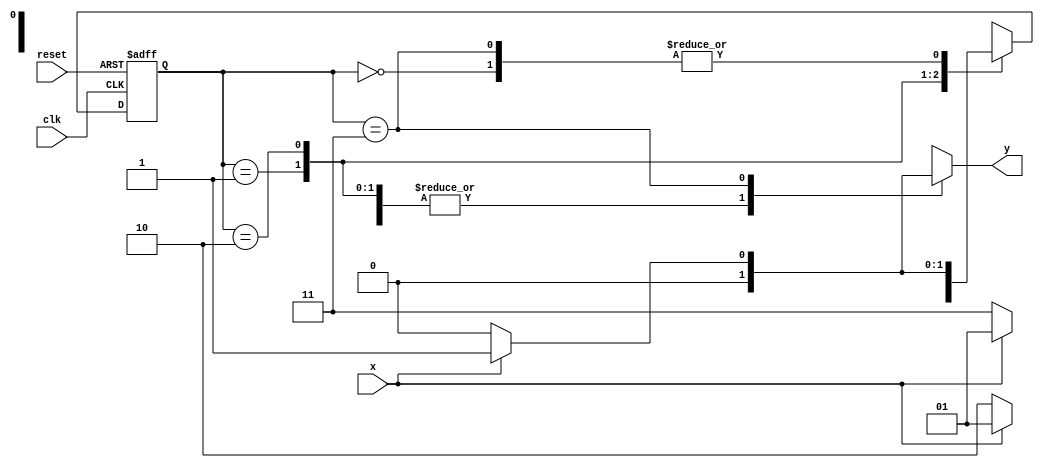
// -------------------------
// Exemplo0052 - Mealy 1001 com interseo
// Nome: Daniel Telles McGinnis
// -------------------------
// Previso:
// A sequncia 1001 ser reconhecida pela
// mquina duas vezes, segundo a sequncia
// de valores assinalados ao x.
// -------------------------
// constant definitions
`define found 1
`define notfound 0

// Exemplo0052
module Exemplo0052 ( y, x, clk, reset );
	output y;
	input x;
	input clk;
	input reset;
	reg y;
	parameter // state identifiers
	start = 2'b00,
	id1   = 2'b01,
	id10  = 2'b10,
	id100 = 2'b11;
	reg [1:0] E1; // current state variables
	reg [1:0] E2; // next state logic output
	// next state logic
	always @( x or E1 )
	begin
		y = `notfound;
		case ( E1 )
			start:
				if ( x )
					E2 = id1;
				else
					E2 = start;
			id1:
				if ( x )
				begin
					E2 = id1;
					y = `notfound;
				end
				else
				begin
					E2 = id10;
					y = `notfound;
				end
			id10:
				if ( x )
					E2 = id1;
				else
					E2 = id100;
			id100:
				if ( x )
				begin
					E2 = id1;
					y = `found;
				end
				else
					E2 = start;
			default: // undefined state
				E2 = 2'bxx;
		endcase
	end // always at signal or state changing
	// state variables
	always @( posedge clk or negedge reset )
	begin
		if ( reset )
			E1 = E2; // updates current state
		else
			E1 = 0; // reset
	end // always at signal changing
endmodule // Exemplo0052

module Exemplo0052_testes;
	reg clk, reset, x;
	wire m;
	Exemplo0052 maquina ( m, x, clk, reset );
	initial
	begin
		$display ( "Time X Machine" );
		// initial values
		clk = 1;
		reset = 0;
		x = 0;
		// input signal changing
		#5 reset = 1;
		#10 x = 1;
		#10 x = 0;
		#10 x = 1;
		#20 x = 0;
		#10 x = 1;
		#10 x = 0;
		#10 x = 0;
		#10 x = 1;
		#10 x = 0;
		#20 x = 1;
		#30 $finish;
	end // initial
	always
	#5 clk = ~clk;
	always @( posedge clk )
	begin
		$display ( "%4d %4b %4b", $time, x, m );
	end // always at positive edge clocking changing
endmodule // Exemplo0052_testes